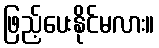
ဖြည့်ပေးနိုင်မလား။